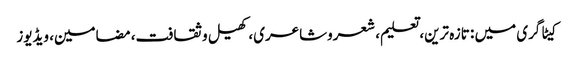
کیٹاگری میں : تازہ ترین، تعلیم، شعروشاعری، کھیل وثقافت، مضامین، ویڈیوز